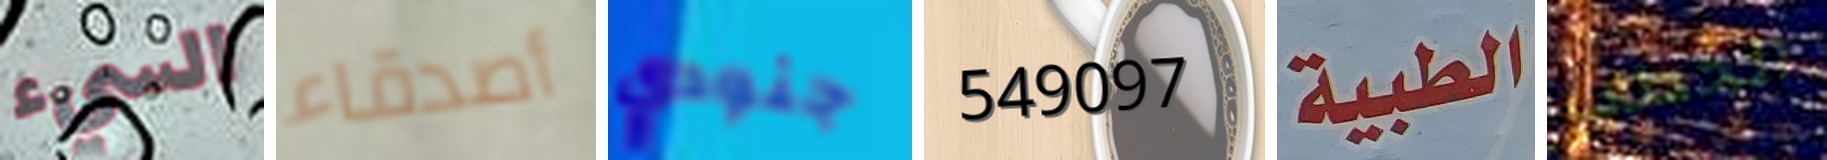
السيء أصدقاء جنودي 549097 الطبية الخطاب